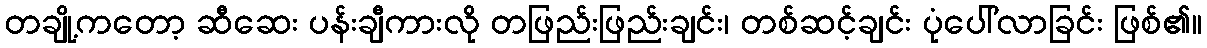
တချို့ကတော့ ဆီဆေး ပန်းချီကားလို တဖြည်းဖြည်းချင်း၊ တစ်ဆင့်ချင်း ပုံပေါ်လာခြင်း ဖြစ်၏။